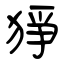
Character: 猙